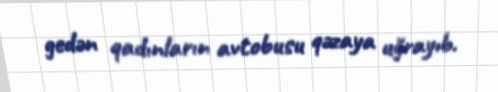
gedən qadınların avtobusu qəzaya uğrayıb.